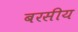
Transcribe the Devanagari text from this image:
बरसीय